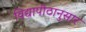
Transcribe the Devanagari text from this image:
विद्यापीठानुसार